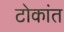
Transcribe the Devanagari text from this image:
टोकांत